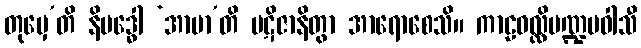
တုမှေ’တိ နိဗဒ္ဓေါ ‘အာမာ’တိ ပဋိဇာနိတွာ အာရောစေသိ။ ကာဠဝလ္လိမဏ္ဍပဝါသီ